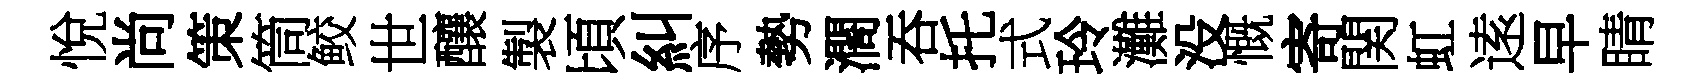
悅尚策筒鲛世釀製頃糾序勢濶吞托式玲灘没慨寄関虹逺早睛